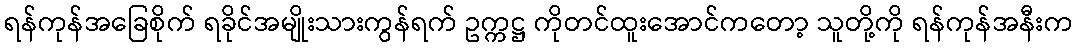
ရန်ကုန်အခြေစိုက် ရခိုင်အမျိုးသားကွန်ရက် ဥက္ကဋ္ဌ ကိုတင်ထူးအောင်ကတော့ သူတို့ကို ရန်ကုန်အနီးက